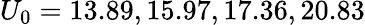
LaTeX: U_{0}=13.89,15.97,17.36,20.83